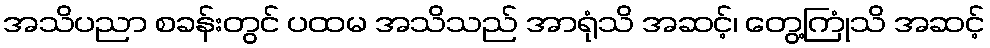
အသိပညာ စခန်းတွင် ပထမ အသိသည် အာရုံသိ အဆင့်၊ တွေ့ကြုံသိ အဆင့်